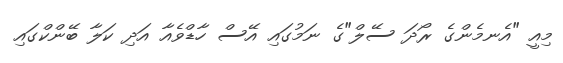
މިއީ "އެނމެންގެ ރޯދަ ސޭލް"ގެ ނަމުގައި އޭސް ހާޑްވެެއާ އަދި ކަލާ ބޭންކްގައި